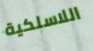
اللاسلكية